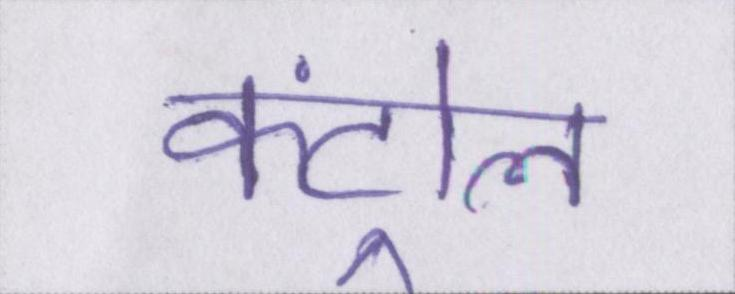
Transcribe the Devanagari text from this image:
कंट्रोल